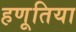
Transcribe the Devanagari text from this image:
हणूतिया